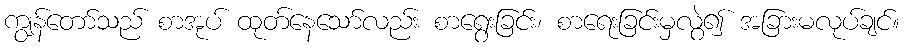
ကျွန်တော်သည် စာအုပ် ထုတ်နေသော်လည်း စာရွေးခြင်း၊ စာရေးခြင်းမှလွဲ၍ အခြားမလုပ်ချင်။